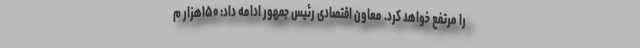
را مرتفع خواهد کرد. معاون اقتصادی رئیس جمهور ادامه داد: ۱۵۰هزار م